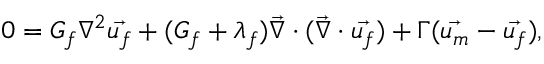
0 = G _ { f } \nabla ^ { 2 } \vec { u _ { f } } + ( G _ { f } + \lambda _ { f } ) \vec { \nabla } \cdot ( \vec { \nabla } \cdot \vec { u _ { f } } ) + \Gamma ( \vec { u _ { m } } - \vec { u _ { f } } ) ,